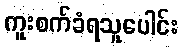
ကူးစက်ခံရသူပေါင်း